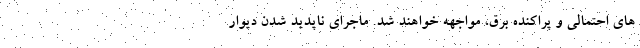
های احتمالی و پراکنده برق، مواجهه خواهند شد. ماجرای ناپدید شدن دیوار